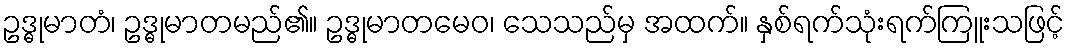
ဥဒ္ဓုမာတံ၊ ဥဒ္ဓုမာတမည်၏။ ဥဒ္ဓုမာတမေဝ၊ သေသည်မှ အထက်။ နှစ်ရက်သုံးရက်ကြူးသဖြင့်